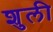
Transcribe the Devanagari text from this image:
शुली